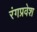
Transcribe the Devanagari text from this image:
रंगप्रवेश